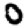
Digit: 0